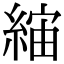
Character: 𦁖